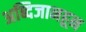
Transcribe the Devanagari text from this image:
अब्दिजानहून